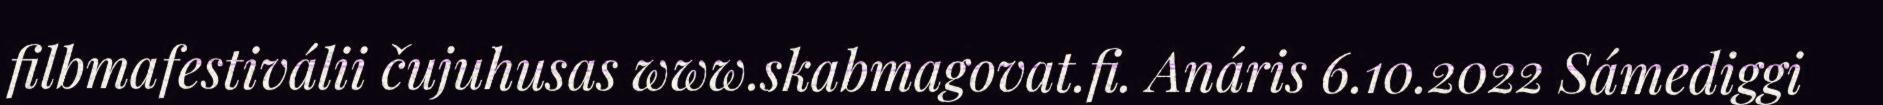
filbmafestiválii čujuhusas www.skabmagovat.fi. Anáris 6.10.2022 Sámediggi